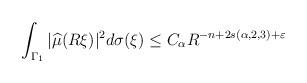
LaTeX: \begin{align*}\int_{\Gamma_1}|\widehat \mu(R\xi)|^2 d\sigma(\xi) \le C_{\alpha} R^{-n + 2 s(\alpha,2, 3)+\varepsilon} \end{align*}